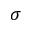
\sigma